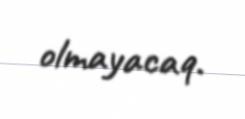
olmayacaq.